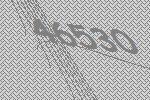
46530